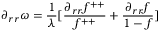
\partial _ { r r } \omega = \frac { 1 } { \lambda } [ \frac { \partial _ { r r } f ^ { + + } } { f ^ { + + } } + \frac { \partial _ { r r } f } { 1 - f } ]